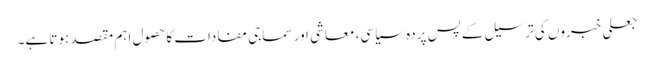
جعلی خبروں کی ترسیل کے پس پردہ سیاسی، معاشی اور سماجی مفادات کا حصول اہم مقصد ہوتا ہے۔